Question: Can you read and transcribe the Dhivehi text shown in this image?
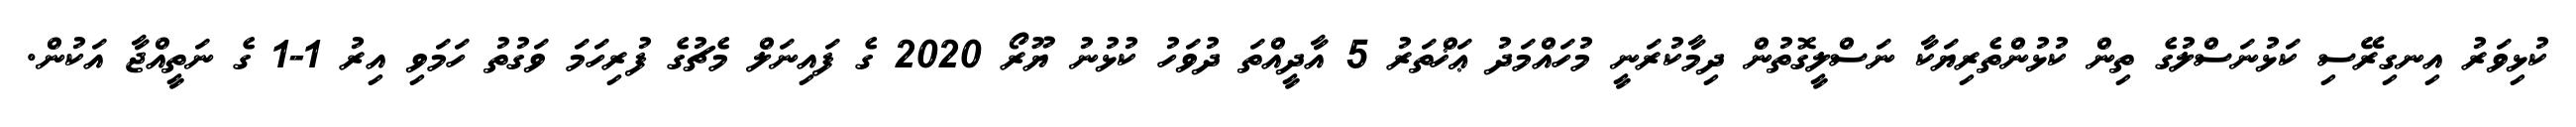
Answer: ކުޅިވަރު އިނގިރޭސި ކަޅުނަސްލުގެ ތިން ކުޅުންތެރިޔަކާ ނަސްލީގޮތުން ދިމާކުރަނީ މުހައްމަދު ޢަޚްތަރު 5 އާދީއްތަ ދުވަހު ކުޅުނު ޔޫރޯ 2020 ގެ ފައިނަލް މެޗުގެ ފުރިހަމަ ވަގުތު ހަމަވި އިރު 1-1 ގެ ނަތީއްޖާ އަކުން.